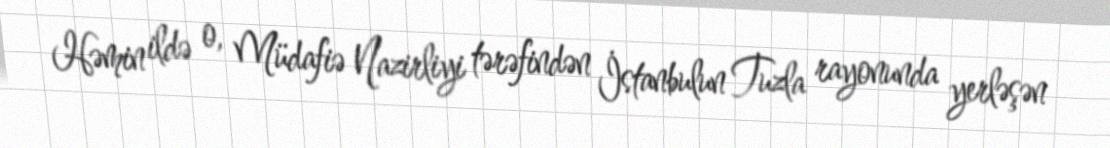
Həmin ildə o, Müdafiə Nazirliyi tərəfindən İstanbulun Tuzla rayonunda yerləşən